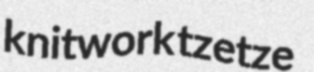
knitwork tzetze